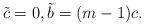
LaTeX: \begin{align*}\tilde{c}=0,\tilde{b}=(m-1)c.\end{align*}